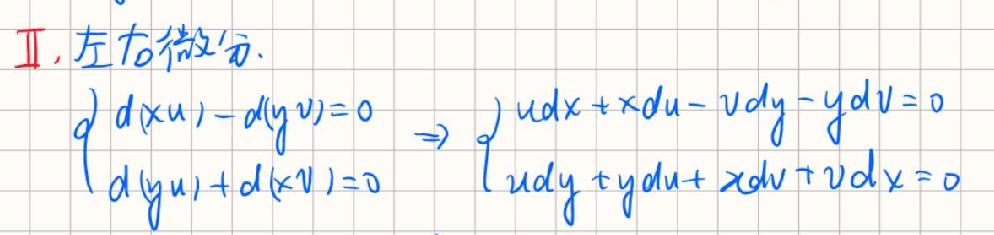
\[
\begin{cases}
d(xu)-d(yv)=0 \\
d(yu)+d(xv)=0
\end{cases}
\Rightarrow
\begin{cases}
udx + xdu - vdy - ydv = 0 \\
udy + ydu + xdv + vdx = 0
\end{cases}
\]